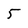
Character: 5